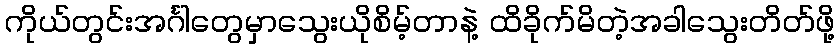
ကိုယ်တွင်းအင်္ဂါတွေမှာသွေးယိုစိမ့်တာနဲ့ ထိခိုက်မိတဲ့အခါသွေးတိတ်ဖို့